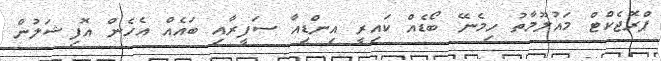
ޕްރޮޖެކްޓް މައުލޫމާތު ހިމެނޭ ބޯޑެއް ކައިރީ އިންޑިއާ ސަފީރާއި ބައެއް އެހެން އޮފިޝަލުން